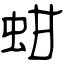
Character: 蚶